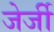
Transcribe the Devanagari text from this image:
जेर्जी